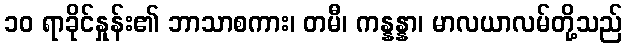
၁၀ ရာခိုင်နှုန်း၏ ဘာသာစကား၊ တမီ၊ ကန္နန္နာ၊ မာလယာလမ်တို့သည်